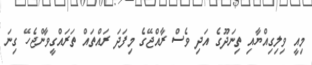
މިއީ ވިލިގިއްޔާއި ތިނަދޫގެ އަދި ވެސް ރާއްޖޭގެ މިފަދަ ރައްތައް ތަރައްގީވާންޖެހޭ ގިނަ